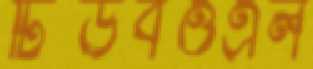
টিউবওএল